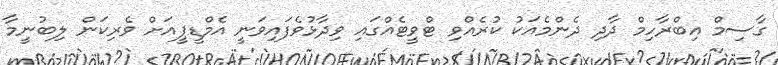
ގާސިމް އިބްރާހިމް ދާދި ދެންމެއަކު ކުރެއްވި ޓްވީޓެއްގައި ވިދާޅުވެފައިވަނީ އެމްޑީޕީއަށް ވެރިކަން ލިބުނީމާ